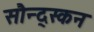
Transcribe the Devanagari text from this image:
सौन्द्स्कन